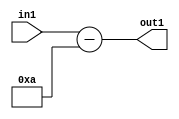
`timescale 1ps / 1ps
/*****************************************************************************
    Verilog RTL Description
    
    
    Created by: Stratus DpOpt 21.05.01 
*******************************************************************************/

module SobelFilter_Subi10s6_1 (
	in1,
	out1
	); /* architecture "behavioural" */ 
input [5:0] in1;
output [5:0] out1;
wire [5:0] asc001;

assign asc001 = 
	+(in1)
	-(6'B001010);

assign out1 = asc001;
endmodule

/* CADENCE  urjyQg8= : u9/ySxbfrwZIxEzHVQQV8Q== ** DO NOT EDIT THIS LINE ******/